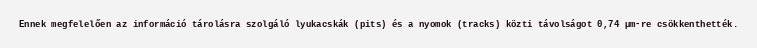
Ennek megfelelően az információ tárolásra szolgáló lyukacskák (pits) és a nyomok (tracks) közti távolságot 0,74 µm-re csökkenthették.